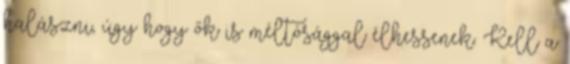
halászni, úgy hogy ők is méltósággal élhessenek. Kell a